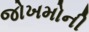
જોખમોની